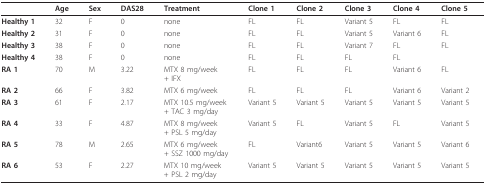
<table><thead><tr><td></td><td><b>Age</b></td><td><b>Sex</b></td><td><b>DAS28</b></td><td><b>Treatment</b></td><td><b>Clone 1</b></td><td><b>Clone 2</b></td><td><b>Clone 3</b></td><td><b>Clone 4</b></td><td><b>Clone 5</b></td></tr></thead><tbody><tr><td><b>Healthy 1</b></td><td>32</td><td>F</td><td>0</td><td>none</td><td>FL</td><td>FL</td><td>Variant 5</td><td>FL</td><td>FL</td></tr><tr><td><b>Healthy 2</b></td><td>31</td><td>F</td><td>0</td><td>none</td><td>FL</td><td>FL</td><td>Variant 5</td><td>Variant 6</td><td>FL</td></tr><tr><td><b>Healthy 3</b></td><td>38</td><td>F</td><td>0</td><td>none</td><td>FL</td><td>FL</td><td>Variant 7</td><td>FL</td><td>FL</td></tr><tr><td><b>Healthy 4</b></td><td>38</td><td>F</td><td>0</td><td>none</td><td>FL</td><td>FL</td><td>FL</td><td>FL</td><td></td></tr><tr><td><b>RA 1</b></td><td>70</td><td>M</td><td>3.22</td><td>MTX 8 mg/week+ IFX</td><td>FL</td><td>FL</td><td>FL</td><td>Variant 6</td><td>FL</td></tr><tr><td><b>RA 2</b></td><td>66</td><td>F</td><td>3.82</td><td>MTX 6 mg/week</td><td>FL</td><td>FL</td><td>FL</td><td>Variant 6</td><td>Variant 2</td></tr><tr><td><b>RA 3</b></td><td>61</td><td>F</td><td>2.17</td><td>MTX 10.5 mg/week+ TAC 3 mg/day</td><td>Variant 5</td><td>Variant 5</td><td>Variant 5</td><td>Variant 5</td><td>Variant 5</td></tr><tr><td><b>RA 4</b></td><td>33</td><td>F</td><td>4.87</td><td>MTX 8 mg/week+ PSL 5 mg/day</td><td>Variant 5</td><td>FL</td><td>Variant 5</td><td>FL</td><td>Variant 5</td></tr><tr><td><b>RA 5</b></td><td>78</td><td>M</td><td>2.65</td><td>MTX 6 mg/week+ SSZ 1000 mg/day</td><td>FL</td><td>Variant6</td><td>Variant 5</td><td>Variant 5</td><td>Variant 6</td></tr><tr><td><b>RA 6</b></td><td>53</td><td>F</td><td>2.27</td><td>MTX 10 mg/week+ PSL 2 mg/day</td><td>Variant 5</td><td>Variant 5</td><td>Variant 5</td><td>Variant 5</td><td>Variant 5</td></tr></tbody></table>